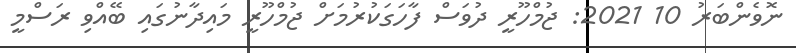
ނޮވެންބަރު 10 2021: ޖުމްހޫރީ ދުވަސް ފާހަގަކުރުމަށް ޖުމްހޫރީ މައިދާނުގައި ބޭއްވި ރަސްމީ